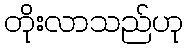
တိုးလာသည်ဟု